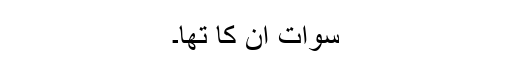
سوات اُن کا تھا۔